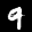
Label: 9